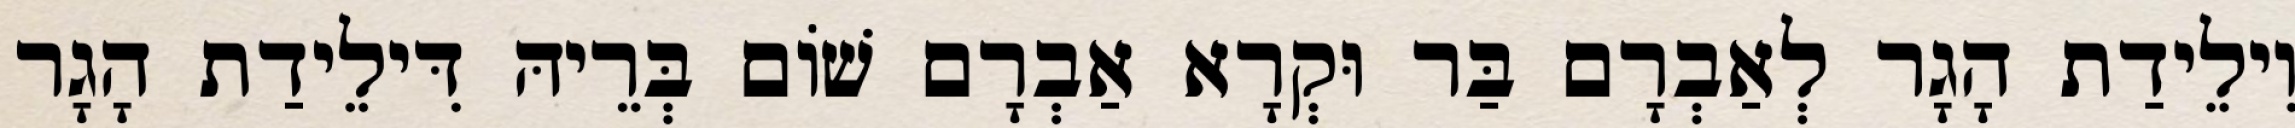
וִילֵידַת הָגָר לְאַבְרָם בַּר וּקְרָא אַבְרָם שׁוֹם בְּרֵיהּ דִּילֵידַת הָגָר